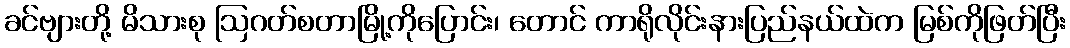
ခင်ဗျားတို့ မိသားစု ဩဂတ်စတာမြို့ကိုပြောင်း၊ တောင် ကာရိုလိုင်းနားပြည်နယ်ထဲက မြစ်ကိုဖြတ်ပြီး